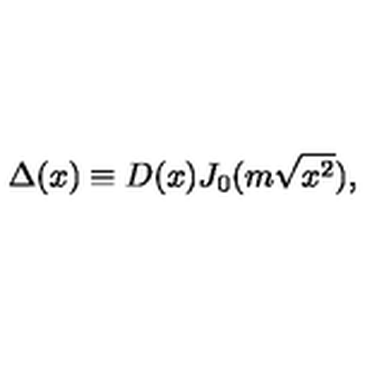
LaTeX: \Delta ( x ) \equiv D ( x ) J _ { 0 } ( m \sqrt { x ^ { 2 } } ) ,